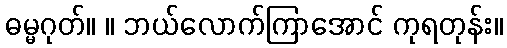
ဓမ္မဂုတ်။ ။ ဘယ်လောက်ကြာအောင် ကုရတုန်း။